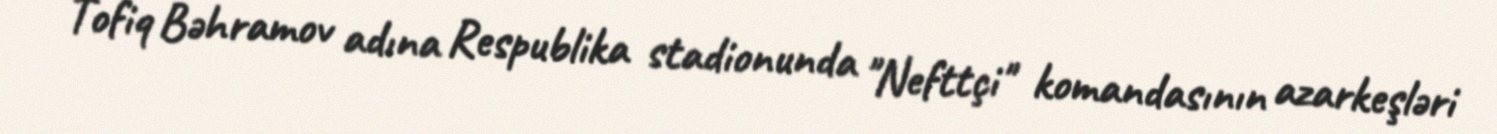
Tofiq Bəhramov adına Respublika stadionunda "Nefttçi" komandasının azarkeşləri